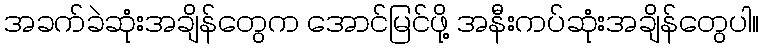
အခက်ခဲဆုံးအချိန်တွေက အောင်မြင်ဖို့ အနီးကပ်ဆုံးအချိန်တွေပါ။